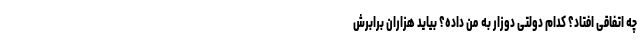
چه اتفاقی افتاد؟ کدام دولتی دوزار به من داده؟ بیاید هزاران برابرش